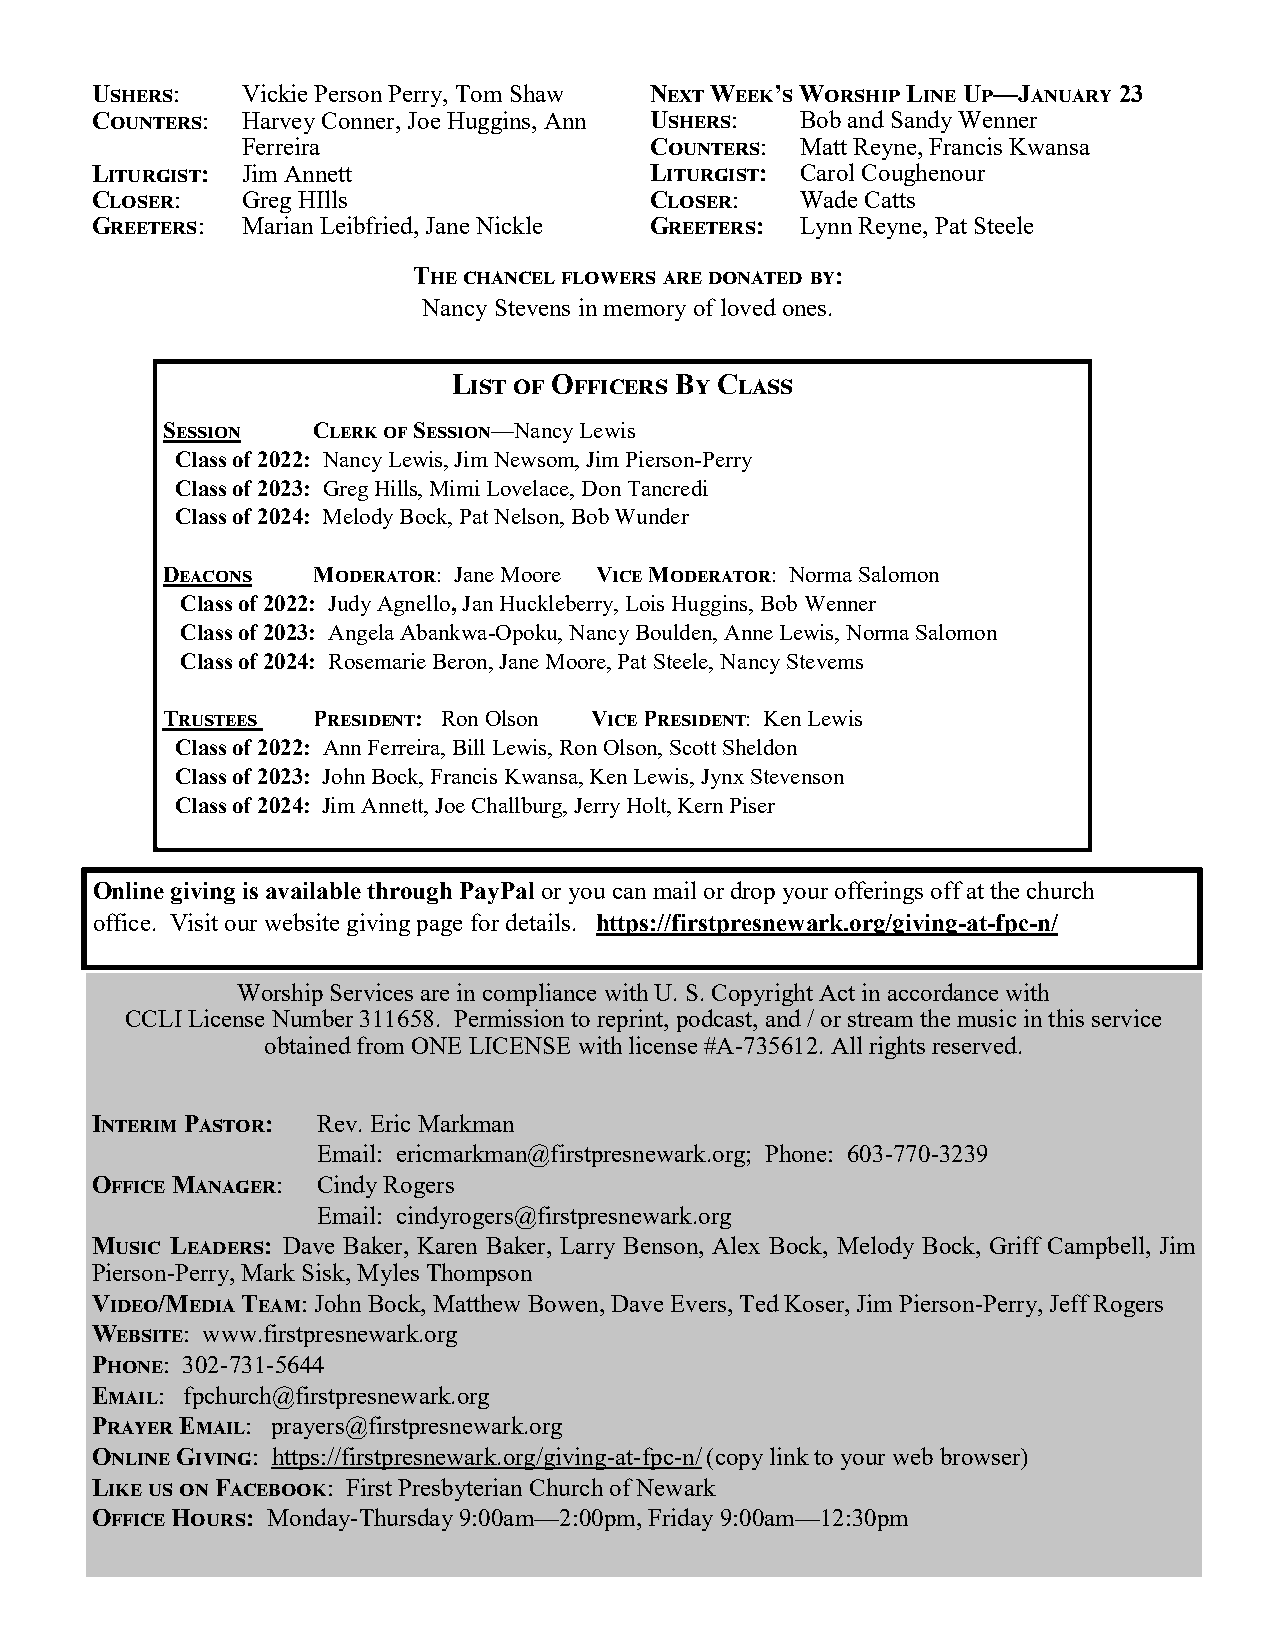
Ushers:   Vickie Person Perry, Tom Shaw Next Week’s Worship Line Up—January 23
 Counters: Harvey Conner, Joe Huggins, Ann Ushers: Bob and Sandy Wenner
 Ferreira                   Counters: Matt Reyne, Francis Kwansa
 Liturgist: Jim Annett                Liturgist: Carol Coughenour
 Closer:   Greg HIlls                 Closer:   Wade Catts
 Greeters: Marian Leibfried, Jane Nickle Greeters: Lynn Reyne, Pat Steele
 The chancel flowers are donated by:
 Nancy Stevens in memory of loved ones.
 List of Officers By Class
 Session   Clerk of Session—Nancy Lewis
 Class of 2022: Nancy Lewis, Jim Newsom, Jim Pierson-Perry
 Class of 2023: Greg Hills, Mimi Lovelace, Don Tancredi
 Class of 2024: Melody Bock, Pat Nelson, Bob Wunder
 Deacons   Moderator: Jane Moore Vice Moderator: Norma Salomon
 Class of 2022: Judy Agnello, Jan Huckleberry, Lois Huggins, Bob Wenner
 Class of 2023: Angela Abankwa-Opoku, Nancy Boulden, Anne Lewis, Norma Salomon
 Class of 2024: Rosemarie Beron, Jane Moore, Pat Steele, Nancy Stevems
 Trustees  President: Ron Olson Vice President: Ken Lewis
 Class of 2022: Ann Ferreira, Bill Lewis, Ron Olson, Scott Sheldon
 Class of 2023: John Bock, Francis Kwansa, Ken Lewis, Jynx Stevenson
 Class of 2024: Jim Annett, Joe Challburg, Jerry Holt, Kern Piser
 Online giving is available through PayPal or you can mail or drop your offerings off at the church
 office. Visit our website giving page for details. https://firstpresnewark.org/giving-at-fpc-n/
 Worship Services are in compliance with U. S. Copyright Act in accordance with
 CCLI License Number 311658. Permission to reprint, podcast, and / or stream the music in this service
 obtained from ONE LICENSE with license #A-735612. All rights reserved.
 Interim Pastor: Rev. Eric Markman
 Email: ericmarkman@firstpresnewark.org; Phone: 603-770-3239
 Office Manager: Cindy Rogers
 Email: cindyrogers@firstpresnewark.org
 Music Leaders: Dave Baker, Karen Baker, Larry Benson, Alex Bock, Melody Bock, Griff Campbell, Jim
 Pierson-Perry, Mark Sisk, Myles Thompson
 Video/Media Team: John Bock, Matthew Bowen, Dave Evers, Ted Koser, Jim Pierson-Perry, Jeff Rogers
 Website: www.firstpresnewark.org
 Phone: 302-731-5644
 Email: fpchurch@firstpresnewark.org
 Prayer Email: prayers@firstpresnewark.org
 Online Giving: https://firstpresnewark.org/giving-at-fpc-n/ (copy link to your web browser)
 Like us on Facebook: First Presbyterian Church of Newark
 Office Hours: Monday-Thursday 9:00am—2:00pm, Friday 9:00am—12:30pm